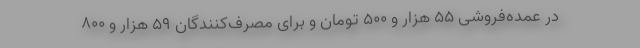
در عمده‌فروشی ۵۵ هزار و ۵۰۰ تومان و برای مصرف‌کنندگان ۵۹ هزار و ۸۰۰